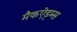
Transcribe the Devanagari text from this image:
मैकऐड्म्स